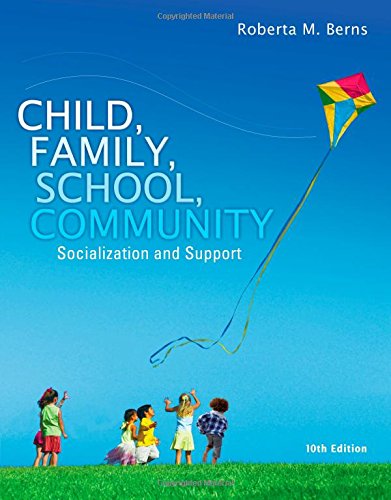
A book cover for Child, Family, School, Community: Socialization and Support; Roberta M. Berns; Education & Teaching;